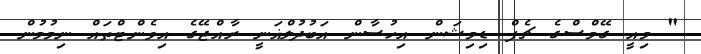
" މިއީ ގޭމްސްގެ ޗެފް ޑިމިޝަން އިހުސާން އަބުދުލްޣަނީ ރާއްޖޭގެ އިވެންޓްތައް ނިމުމުން